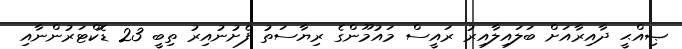
ޞިއްޙީ ދާއިރާއަށް ބަލައިލާއިރު ރައީސް މައުމޫންގެ ރިޔާސަތު ފެށުނުއިރު ތިބީ 23 ޑޮކްޓަރުންނާއި